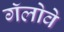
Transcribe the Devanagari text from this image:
गॅलोवे